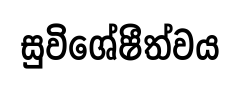
සුවිශේෂීත්වය